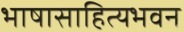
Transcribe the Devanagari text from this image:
भाषासाहित्यभवन